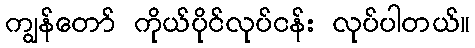
ကျွန်တော် ကိုယ်ပိုင်လုပ်ငန်း လုပ်ပါတယ်။